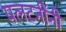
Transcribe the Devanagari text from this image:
पलटनींनी